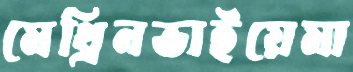
মেথ্রিনভাইয়েমা